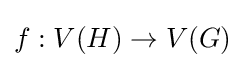
f:V(H)\rightarrow V(G)